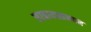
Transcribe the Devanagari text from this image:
छात्रावासभवन